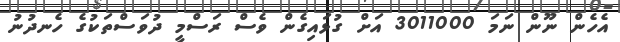
އެހެން ނޫން ނަމަ 3011000 އަށް ގުޅައިގެން ވެސް ރަސްމީ ދުވަސްތަކުގެ ހެނދުނު